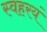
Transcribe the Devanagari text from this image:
स्वहरयं